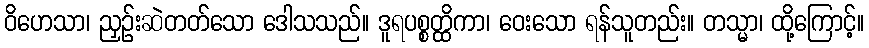
ဝိဟေသာ၊ ညှဉ်းဆဲတတ်သော ဒေါသသည်။ ဒူရပစ္စတ္ထိကာ၊ ဝေးသော ရန်သူတည်း။ တသ္မာ၊ ထို့ကြောင့်။